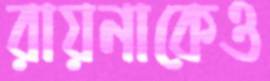
রায়নাকেও